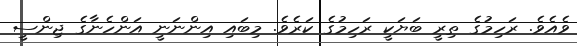
ވެއެވެ. ރަހިމުގެ ތިރީ ބަޔަކީ ރަހިމުގެ ކަރެވެ. މިބައި އިންނަނީ އަންހެނާގެ ޖިންސީ